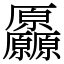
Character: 厵